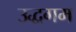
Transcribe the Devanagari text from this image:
उद्धगम